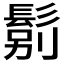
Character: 𲌝